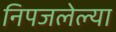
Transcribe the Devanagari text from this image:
निपजलेल्या